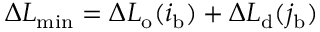
\Delta L _ { \mathrm { m i n } } = \Delta L _ { \mathrm { o } } ( i _ { \mathrm { b } } ) + \Delta L _ { \mathrm { d } } ( j _ { \mathrm { b } } )